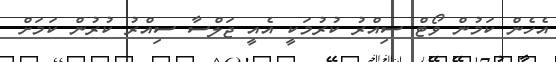
އެހެން ކަމުން ވޯޓް ސިއްރު ކުރުމަކީ އެއީ ޖަލްސާ ސިއްރު ކުރުން ކަމަށް